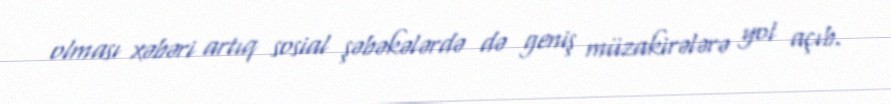
olması xəbəri artıq sosial şəbəkələrdə də geniş müzakirələrə yol açıb.